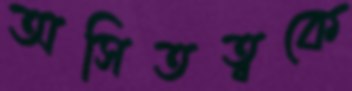
অসিতত্বকে